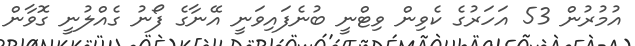
އުމުރުން 53 އަހަރުގެ ކެވިން ވިޓްނީ ބުނެފައިވަނީ އޭނާގެ ފޯނު ގެއްލުނީ ގޮވާން